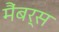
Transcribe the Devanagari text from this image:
मैंबर्स